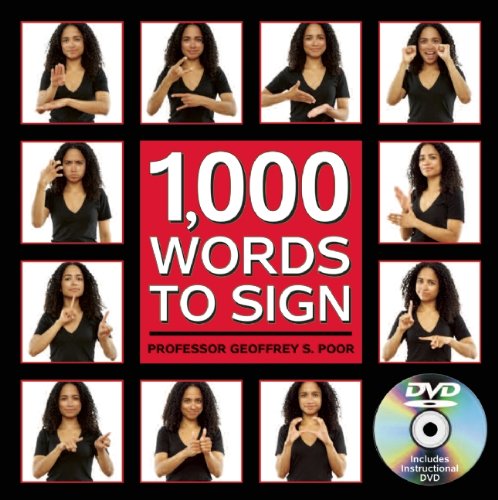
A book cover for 1,000 Words to Sign; Geoffrey Poor; Reference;